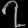
Digit: ၇